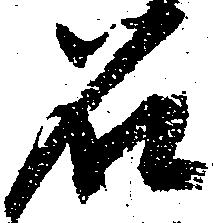
名